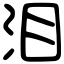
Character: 泪